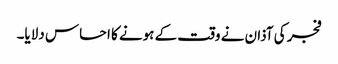
فجر کی آذان نے وقت کے ہونے کا احساس دلایا۔